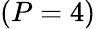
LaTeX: (P=4)